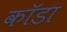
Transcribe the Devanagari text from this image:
कॉडा